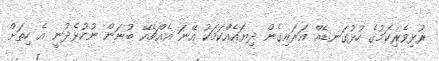
ރުޅިވެރިކަމުގެ ހުޅުގަނޑެއް އަރައިގެން ދިޔައެއްކަމަކު އޭނަ އެއްޗެކޭ ބުނަން ނުކުޅެދުނީ އެ ހިތަށް